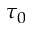
\tau _ { 0 }